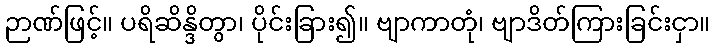
ဉာဏ်ဖြင့်။ ပရိဆိန္ဒိတွာ၊ ပိုင်းခြား၍။ ဗျာကာတုံ၊ ဗျာဒိတ်ကြားခြင်းငှာ။